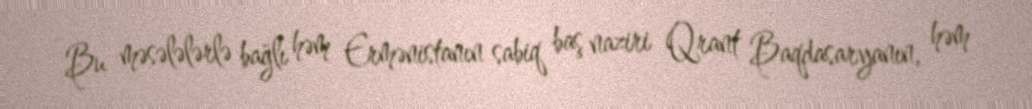
Bu məsələlərlə bağlı həm Ermənistanın sabiq baş naziri Qrant Baqdasaryanın, həm